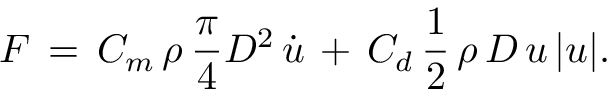
F \, = \, C _ { m } \, \rho \, { \frac { \pi } { 4 } } D ^ { 2 } \, { \dot { u } } \, + \, C _ { d } \, { \frac { 1 } { 2 } } \, \rho \, D \, u \, | u | .